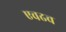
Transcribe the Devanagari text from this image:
एवढच